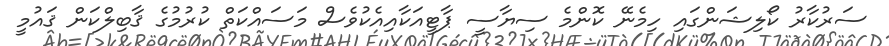
ސަރުކާރު ކޯލިޝަންގައި ހިމެނޭ ކޮންމެ ސިޔާސީ ޕާޓީއަކާއިއެކުވެސް މަސައްކަތް ކުރުމުގެ ޤާބިލްކަން ޤައުމީ